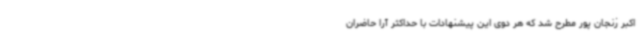
اکبر زنجان پور مطرح شد که هر دوی این پیشنهادات با حداکثر آرا حاضران